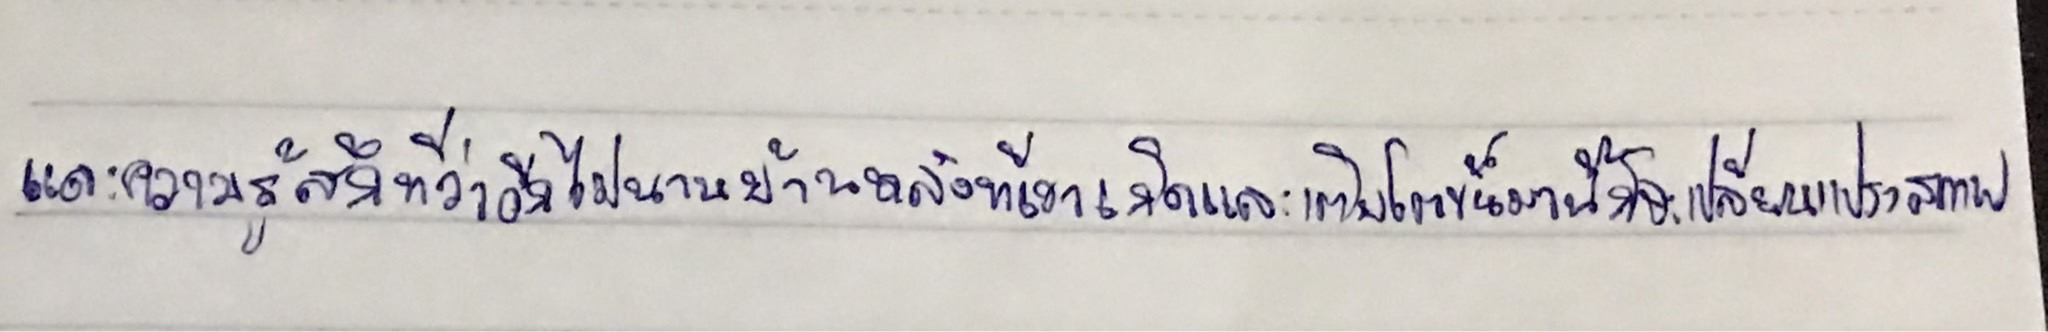
และความรู้สึกที่ว่าอีกไม่นานบ้านหลังที่เขาเกิดและเติบโตขึ้นมานี้ก็จะเปลี่ยนแปรสภาพ